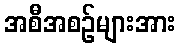
အစီအစဉ်များအား